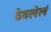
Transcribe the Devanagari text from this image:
ठेवलेलं